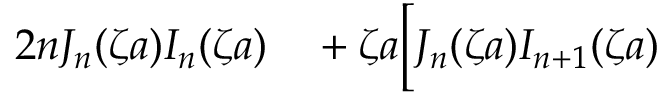
\begin{array} { r l } { 2 n J _ { n } ( \zeta a ) I _ { n } ( \zeta a ) } & { { } + \zeta a \Big [ J _ { n } ( \zeta a ) I _ { n + 1 } ( \zeta a ) } \end{array}